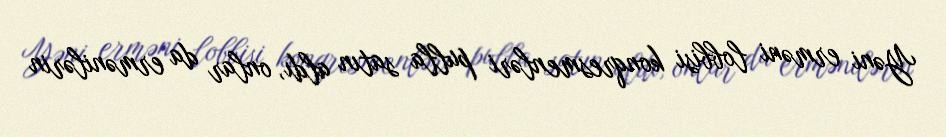
Yəni erməni lobbisi konqresmenləri pulla satın aldı, onlar da ermənilərin